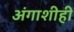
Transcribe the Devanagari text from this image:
अंगाशीही